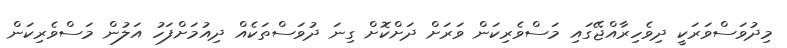
މިދުވަސްވަރަކީ ދިވެހިރާއްޖޭގައި މަސްވެރިކަން ވަރަށް ދަށްކޮށް ގިނަ ދުވަސްތަކެއް ދިއުމަށްފަހު އަލުން މަސްވެރިކަން